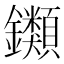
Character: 𨰥